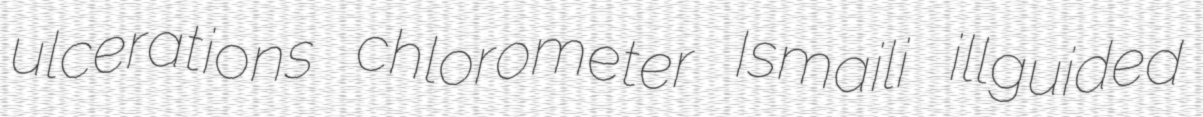
ulcerations chlorometer Ismaili illguided